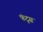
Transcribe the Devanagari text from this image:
फंटूस